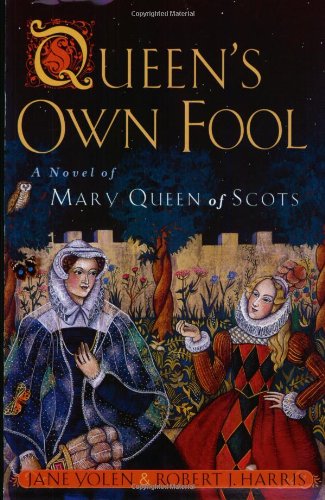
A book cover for Queen's Own Fool (Stuart Quartet); Jane Yolen; Children's Books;